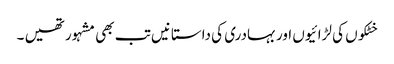
خٹکوں کی لڑائیوں اور بہادری کی داستانیں تب بھی مشہور تھیں ۔